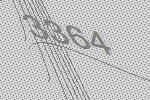
3364